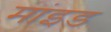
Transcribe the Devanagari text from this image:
मांइड